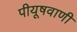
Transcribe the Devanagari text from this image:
पीयूषवाणी